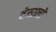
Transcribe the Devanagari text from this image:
बेसालो